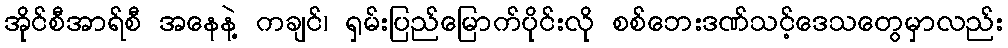
အိုင်စီအာရ်စီ အနေနဲ့ ကချင်၊ ရှမ်းပြည်မြောက်ပိုင်းလို စစ်ဘေးဒဏ်သင့်ဒေသတွေမှာလည်း